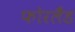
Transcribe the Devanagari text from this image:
फोरलैंड